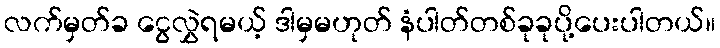
လက်မှတ်ခ ငွေလွှဲရမယ့် ဒါမှမဟုတ် နံပါတ်တစ်ခုခုပို့ပေးပါတယ်။